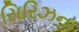
સિરિઝના